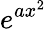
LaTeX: e^{ax^{2}}